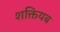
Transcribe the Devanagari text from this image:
शक्तियब